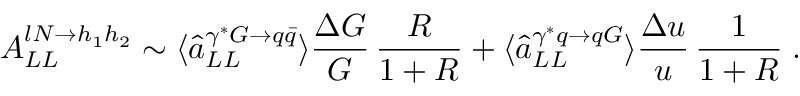
A _ { L L } ^ { l N \rightarrow h _ { 1 } h _ { 2 } } \sim \langle \hat { a } _ { L L } ^ { \gamma ^ { \ast } G \rightarrow q \bar { q } } \rangle \frac { \Delta G } { G } \, \frac { R } { 1 + R } + \langle \hat { a } _ { L L } ^ { \gamma ^ { \ast } q \rightarrow q G } \rangle \frac { \Delta u } { u } \, \frac { 1 } { 1 + R } \; .